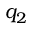
q _ { 2 }